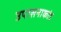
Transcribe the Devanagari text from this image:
उपासनाकांड